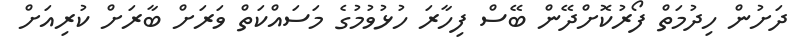
ދަށުން ހިދުމަތް ފޯރުކޮށްދޭން ބޭސް ފިހާރަ ހުޅުވުމުގެ މަސައްކަތް ވަރަށް ބާރަށް ކުރިއަށް